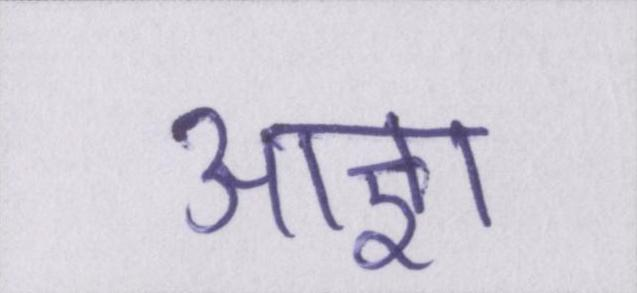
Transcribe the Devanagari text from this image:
आज्ञा